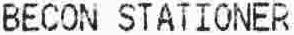
BECON STATIONER